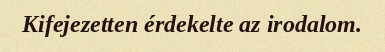
Kifejezetten érdekelte az irodalom.